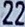
22